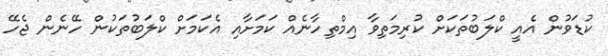
ކުޑަވުން އެއީ ކްލަބުތަކަށް ކުރިމަތިވާ އިމްތިހާނެއް ކަމަށާއި އެކަމަށް ކްލަބުތަކުން ހޭނެން ޖެހޭ